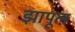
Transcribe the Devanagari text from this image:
झापूल